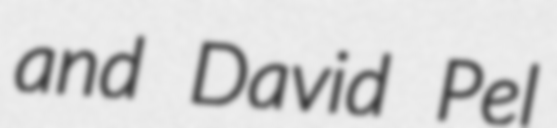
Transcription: and David Pel